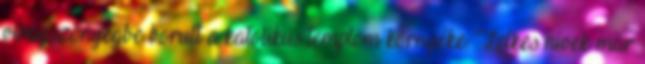
virágszőnyegbe borult a katolikus templom környéke. Lelkes hívek már